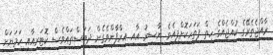
ރާއްޖެތެރޭގެ ކުއްޖެއްގެ ހިތް ފަތަހަކޮށްފިއެވެ. ޔާސިރު އާއި އިރްފާންވެގެން ދަބަސްތައްވެސް ކޮޓަރިއާއި ހަމަޔަށް